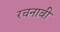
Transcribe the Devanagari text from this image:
रचनावी